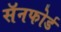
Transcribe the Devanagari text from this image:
सॅनफोर्ड